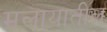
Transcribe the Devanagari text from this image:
मलायातील